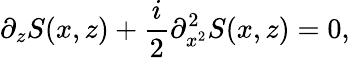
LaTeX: \partial_{z}S(x,z)+\frac{i}{2}\partial_{x^{2}}^{2}S(x,z)=0,